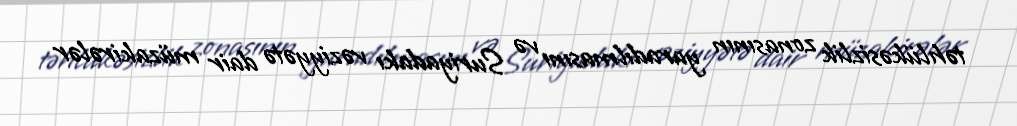
təhlükəsizlik zonasının yaradılmasını və Suriyadakı vəziyyətə dair müzakirələr